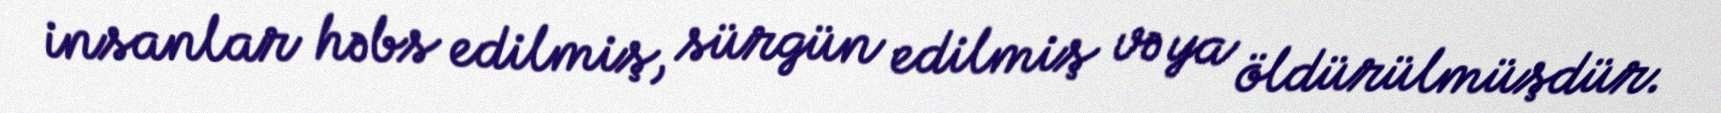
insanlar həbs edilmiş, sürgün edilmiş və ya öldürülmüşdür.